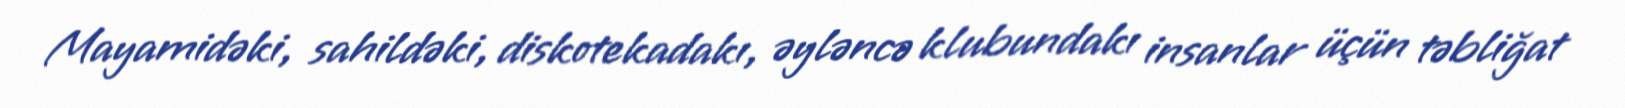
Mayamidəki, sahildəki, diskotekadakı, əyləncə klubundakı insanlar üçün təbliğat